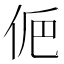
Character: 𠈊